Report on sanitation, dispensaries, and jails in Rajputana for 1917, and on vaccination for the year 1917-1918 - 1917-1918
Year: 1917
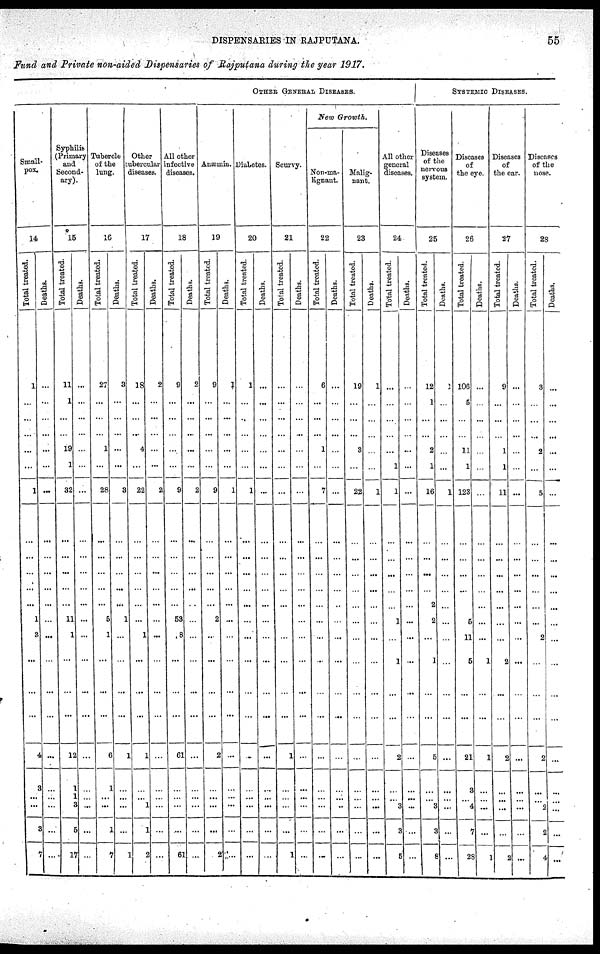
DISPENSARIES IN RAJPUTANA.
55
Fund and Private non-aided Dispensaries of Rajputana during the year 1917.
OTHER GENERAL DISEASES.
Small¬
pox.
14
Total treated.
1
...
...
...
...
...
1
...
...
...
...
1
3
...
...
...
4
3
...
...
3
7
Deaths.
...
..
...
...
...
..
...
...
...
...
...
...
...
...
...
...
...
...
...
...
...
Syphilis
(Primary
and
Second¬
ary).
15
Total treated.
11
1
...
...
19
1
32
...
...
...
...
11
1
...
...
...
12
1
1
3
5
17
Deaths.
...
..
...
...
...
...
...
...
...
...
...
...
...
...
...
...
...
...
...
...
...
...
Tubercle
of the
lung.
16
Total treated.
27
...
...
...
1
...
28
...
...
...
...
5
1
...
...
...
6
1
...
...
1
...
Deaths.
3
...
...
...
...
...
3
...
...
...
...
1
...
...
...
...
1
...
...
...
...
7
Other tubercular diseases.
17
Total treated.
18
...
...
...
4
...
22
...
...
...
...
...
1
...
...
...
1
...
...
1
1
1
Deaths.
2
...
...
...
...
...
2
...
...
...
...
...
...
...
...
...
1 ...
...
...
...
...
2 ...
All other
infective
diseases.
18
Total treated.
9
...
...
...
...
...
9
...
...
...
...
53
8
...
...
...
61
...
...
...
...
61
Deaths.
2
...
...
...
...
...
2
...
...
...
...
...
...
...
...
...
...
...
...
...
...
...
Anæmia.
19
Total treated.
9
...
...
...
...
...
9
...
...
...
...
2
...
...
...
...
2
...
...
...
...
2
Deaths.
1
...
...
...
...
...
1
...
...
...
...
...
...
...
...
...
...
...
...
...
...
Diabetes.
20
Total treated.
1
...
...
...
...
...
1
...
...
...
...
...
...
...
...
...
...
...
...
...
...
...
Deaths.
...
...
...
...
...
...
...
...
...
...
...
...
...
...
...
...
...
...
...
...
...
...
Scurvy.
21
Total treated.
...
...
...
...
...
...
...
...
...
...
...
...
...
...
...
...
1
...
...
...
1
Deaths.
...
...
...
...
...
...
...
...
...
...
...
...
...
...
...
...
...
...
...
...
...
...
New Growth.
Non-ma-
lignant.
22
Total treated.
6
...
...
...
1
7
...
...
...
...
...
...
...
...
...
...
...
...
...
...
...
Deaths.
...
...
...
...
...
...
...
...
...
...
...
...
...
...
...
...
...
...
...
...
...
...
Malig-
nant.
23
Total treated.
19
...
...
...
3
...
22
...
...
...
...
...
...
...
...
...
...
...
...
...
...
...
Deaths.
1
...
...
...
...
...
1
...
...
...
...
...
...
...
...
...
...
...
...
...
...
...
All other
general
diseases,
24
Total treated.
...
...
...
...
...
1
1
...
...
...
...
1
...
1
...
...
2
...
...
3
3
5
Deaths.
...
...
...
...
...
...
...
...
...
...
...
...
...
...
...
...
...
...
...
...
...
...
SYSTEMIC DISEASES.
Diseases
of the
nervous
system.
25
Total treated.
12
1
...
...
2
1
16
...
...
...
2
2
...
1
...
...
5
...
...
3
3
8
Deaths.
1
...
...
...
...
...
1
...
...
...
...
...
...
...
...
...
...
...
...
...
...
Diseases
of
the eye.
26
Total treated.
106
5
...
...
11
1
123
...
...
...
...
5
11
5
...
...
21
3
...
4
7
28
Deaths.
9
...
...
...
...
...
...
...
...
...
...
...
1
...
...
1
...
...
...
...
1
Diseases
of
the ear.
27
Total treated.
9
...
...
...
1
1
11
...
...
...
...
...
...
2
...
...
2
...
...
...
...
2
Deaths.
...
...
...
...
..
...
...
...
...
...
...
...
...
...
...
...
...
...
...
...
...
...
Diseases
of the
nose.
28
Total treated.
3
...
...
...
2
...
5
...
...
...
...
...
2
...
...
...
2
...
...
2
2
4
Deaths.
...
...
...
...
...
...
...
...
...
...
...
...
...
...
...
...
...
...
...
...
...